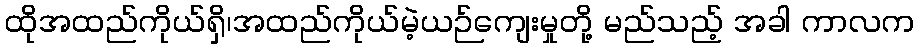
ထိုအထည်ကိုယ်ရှိ၊အထည်ကိုယ်မဲ့ယဉ်ကျေးမှုတို့ မည်သည့် အခါ ကာလက